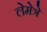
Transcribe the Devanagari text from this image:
लेमेत्रे